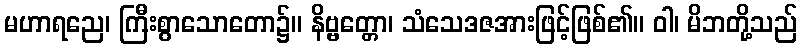
မဟာရညေ၊ ကြီးစွာသောတော၌။ နိဗ္ဗတ္တော၊ သံသေဒဇအားဖြင့်ဖြစ်၏။ ဝါ၊ မိဘတို့သည်